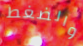
والضغط